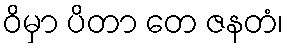
ဝိမှာ ပိတာ တေ ဇနတံ၊